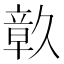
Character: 𮄴